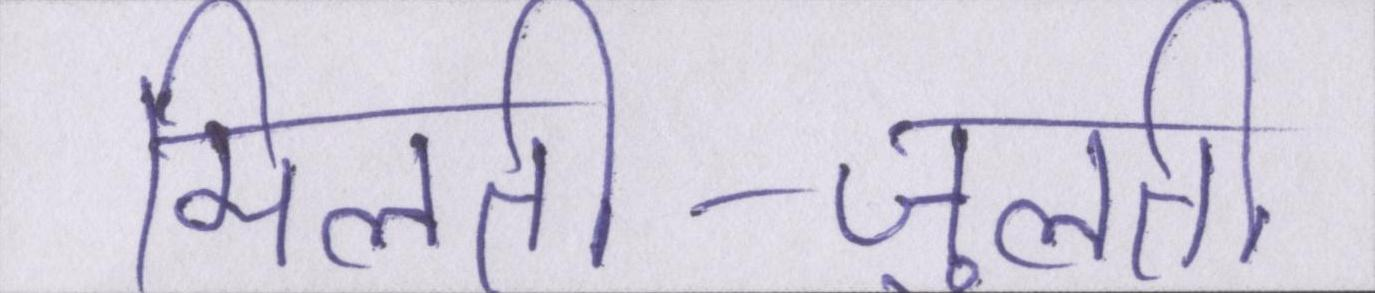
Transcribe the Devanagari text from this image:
मिलती-जुलती